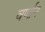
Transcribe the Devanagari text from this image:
वर्णान